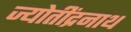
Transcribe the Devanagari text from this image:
ज्योतींद्रनाथ